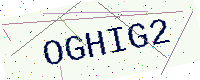
Text: OGHIG2